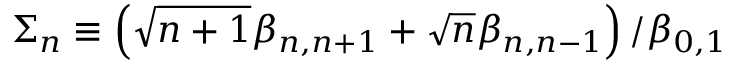
\Sigma _ { n } \equiv \left( \sqrt { n + 1 } \beta _ { n , n + 1 } + \sqrt { n } \beta _ { n , n - 1 } \right) / \beta _ { 0 , 1 }